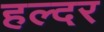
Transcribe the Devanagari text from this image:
हल्दर